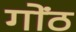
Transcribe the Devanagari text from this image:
गोंठ